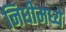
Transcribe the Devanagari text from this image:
निधीमध्ये